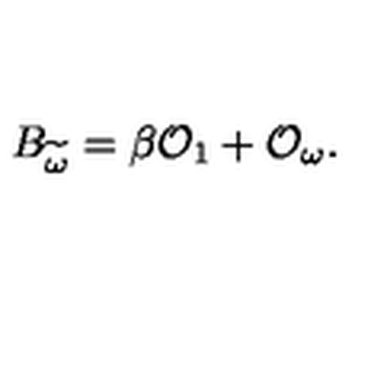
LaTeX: B _ { \widetilde { \omega } } = \beta { \cal O } _ { 1 } + { \cal O } _ { \omega } .